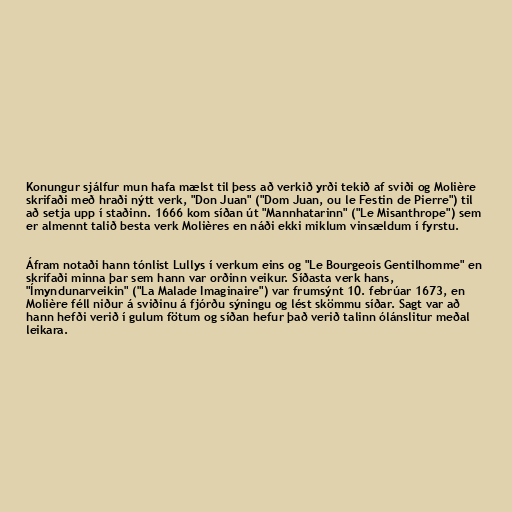
Konungur sjálfur mun hafa mælst til þess að verkið yrði tekið af sviði og Molière
skrifaði með hraði nýtt verk, "Don Juan" ("Dom Juan, ou le Festin de Pierre") til
að setja upp í staðinn. 1666 kom síðan út "Mannhatarinn" ("Le Misanthrope") sem
er almennt talið besta verk Molières en náði ekki miklum vinsældum í fyrstu.

Áfram notaði hann tónlist Lullys í verkum eins og "Le Bourgeois Gentilhomme" en
skrifaði minna þar sem hann var orðinn veikur. Síðasta verk hans,
"Ímyndunarveikin" ("La Malade Imaginaire") var frumsýnt 10. febrúar 1673, en
Molière féll niður á sviðinu á fjórðu sýningu og lést skömmu síðar. Sagt var að
hann hefði verið í gulum fötum og síðan hefur það verið talinn ólánslitur meðal
leikara.